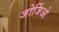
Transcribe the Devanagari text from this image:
जोर्जिओ